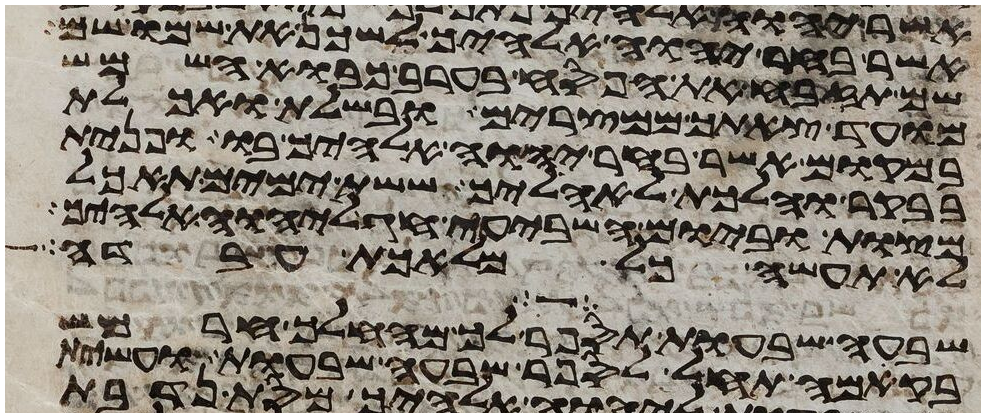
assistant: אשר בחר יהוה אלהיך לשכן את שמו שם
שם תזבח את הפסח בערב כבוא השמש
מועד צאתך ממצרים ובשלת ואכלת
במקום אשר בחר יהוה אלהיך בו ופנית
בבקר והלכת לאהליך ששת ימים תאכל
מצות וביום השביעי חג ליהוה אלהיך
לא תעשה כל מלאכת עבדה
שבעה שבעות תספר לך מהחלך חרמש
בקמה תחל לספר שבעה שבעות ועשית